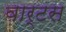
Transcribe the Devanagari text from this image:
वार्टस